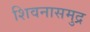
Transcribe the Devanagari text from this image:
शिवनासमुद्र